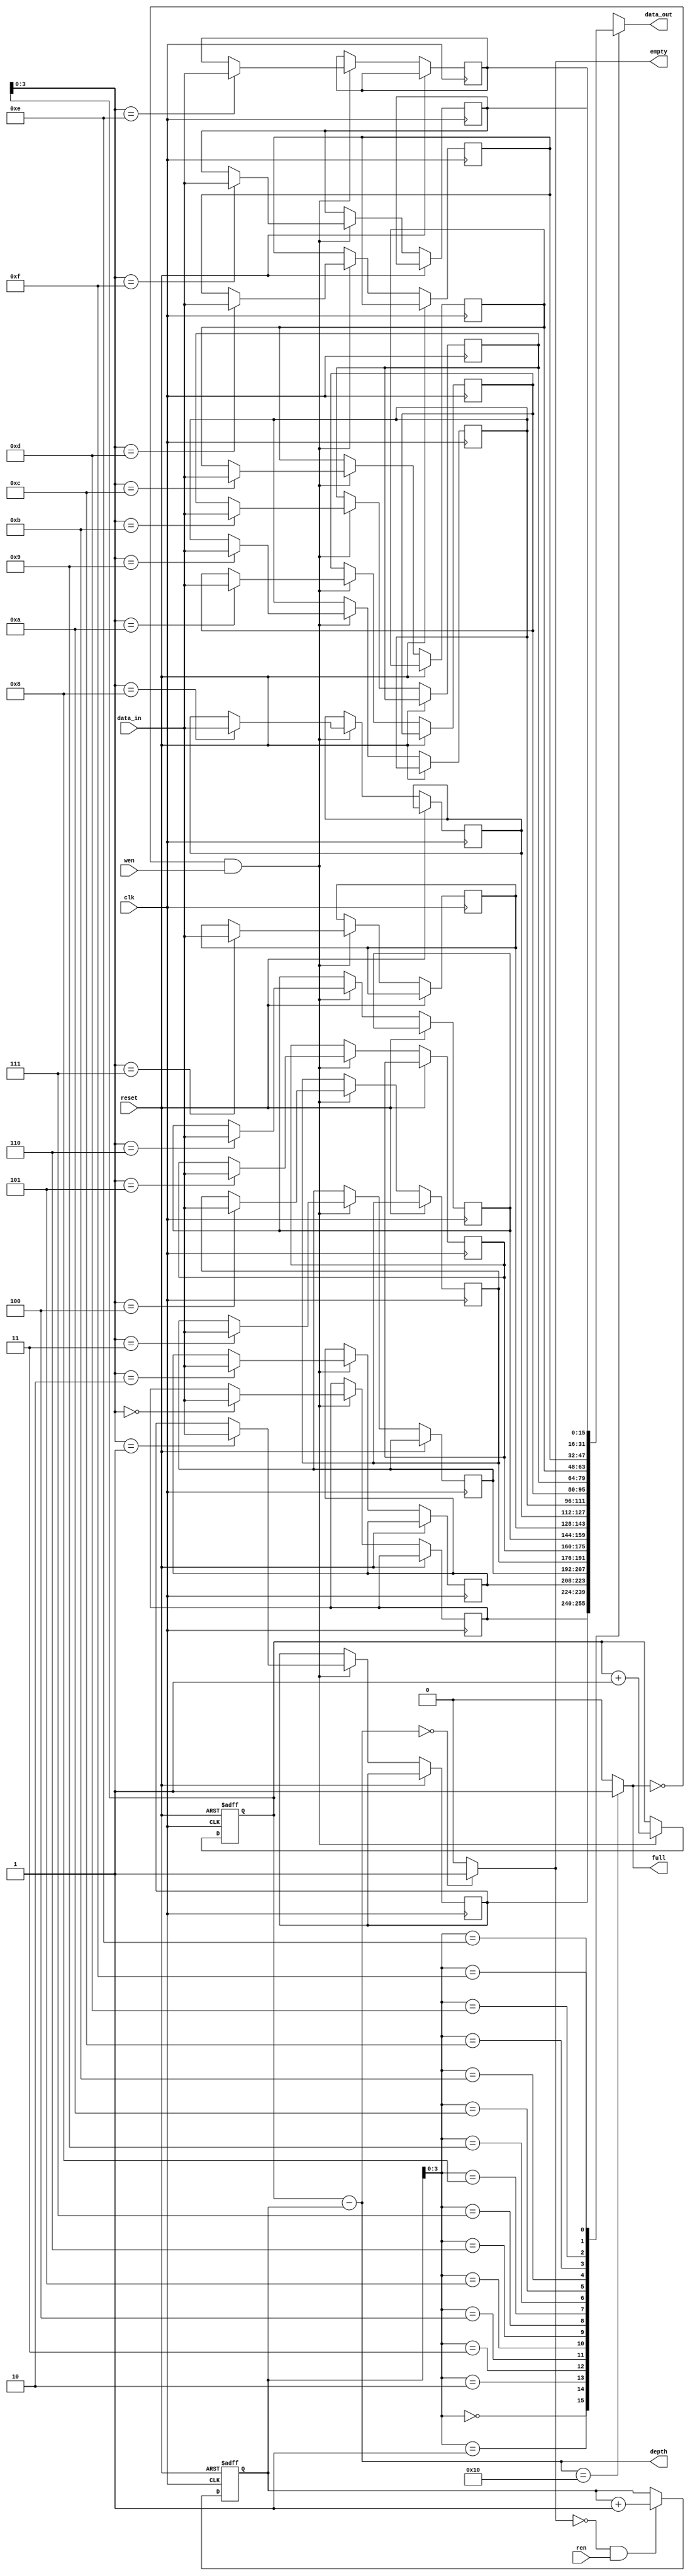
// Design       : fifo_reg_array_sc 
// Here, we use (n+1) bit pointers.
// Hence signals almost_empty and almost_full are not needed.


//`timescale 1 ns/100 ps

module fifo_reg_array_sc (clk, reset, data_in, wen, ren, data_out, depth, empty, full);

parameter DATA_WIDTH = 16;
parameter ADDR_WIDTH = 4;

input clk, reset;
input wen, ren; // the read or write request for CPU
input [DATA_WIDTH-1:0] data_in;
output [ADDR_WIDTH:0] depth;
output [DATA_WIDTH-1:0] data_out;
output empty, full;

reg [ADDR_WIDTH:0] rdptr, wrptr; //read pointer and write pointer of FIFO
wire [ADDR_WIDTH:0] depth;
wire wenq, renq;// read and write enable for FIFO
reg full, empty;

reg [DATA_WIDTH-1:0] Reg_Array [(2**ADDR_WIDTH)-1:0];// FIFO array

wire [ADDR_WIDTH:0] N_Plus_1_zeros = {(ADDR_WIDTH+1){1'b0}};
wire [ADDR_WIDTH-1:0] N_zeros = {(ADDR_WIDTH){1'b0}};
wire [ADDR_WIDTH:0] A_1_and_N_zeros = {1'b1, N_zeros}; 

assign depth = wrptr - rdptr;

always@(*)
begin
	empty  = 1'b0;
	full   = 1'b0;
	if (depth == N_Plus_1_zeros)
		empty  = 1'b1;
	if (depth ==  A_1_and_N_zeros) 
		full  = 1'b1;
end

assign wenq = (~full) & wen;// only if the FIFO is not full and there is write request from CPU, we enable the write to FIFO.
assign renq = (~empty)& ren;// only if the FIFO is not empty and there is read request from CPU, we enable the read to FIFO.
assign data_out = Reg_Array[rdptr[ADDR_WIDTH-1:0]]; // we use the lower N bits of the (N+1)-bit pointer as index to teh 2**N array.

always@(posedge clk, posedge reset)
begin
    if (reset)
		begin
			wrptr <= N_Plus_1_zeros;
			rdptr <= N_Plus_1_zeros;
		end
	else
		begin
			if (wenq) 
				begin
					Reg_Array[wrptr[ADDR_WIDTH-1:0]] <= data_in;  // we use the lower N bits of the (N+1)-bit pointer as index to teh 2**N array.
					wrptr <= wrptr + 1;
				end
			if (renq)
					rdptr <= rdptr + 1;
		end
end

endmodule